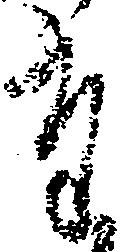
た